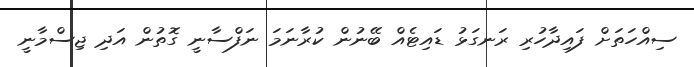
ސިއްހަތަށް ފައިދާހުރި ރަނގަޅު ޑައިޓެއް ބޭނުން ކުރާނަމަ ނަފްސާނީ ގޮތުން އަދި ޖިސްމާނީ